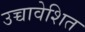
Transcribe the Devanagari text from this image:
उच्चावेशित